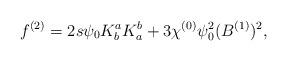
LaTeX: \begin{align*}f^{(2)} = 2 s \psi_0 K^a_b K^b_a + 3 \chi^{(0)} \psi_0^2 (B^{(1)})^2,\end{align*}